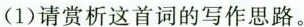
(1)请赏析这首词的写作思路。